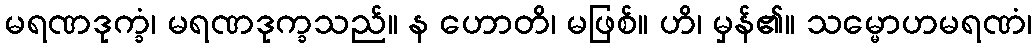
မရဏဒုက္ခံ၊ မရဏဒုက္ခသည်။ န ဟောတိ၊ မဖြစ်။ ဟိ၊ မှန်၏။ သမ္မောဟမရဏံ၊